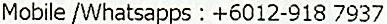
MOBILE /WHATSAPPS : +6012-918 7937